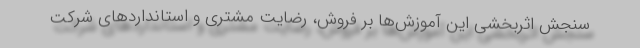
سنجش اثربخشی این آموزش‌ها بر فروش، رضایت مشتری و استانداردهای شرکت